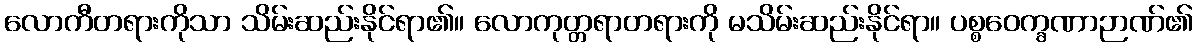
လောကီတရားကိုသာ သိမ်းဆည်းနိုင်ရာ၏။ လောကုတ္တရာတရားကို မသိမ်းဆည်းနိုင်ရာ။ ပစ္စဝေက္ခဏာဉာဏ်၏